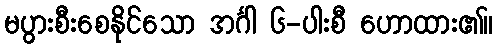
မပွားစီးစေနိုင်သော အင်္ဂါ ၆-ပါးစီ ဟောထား၏။